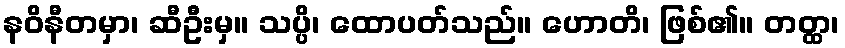
နဝိနီတမှာ၊ ဆီဦးမှ။ သပ္ပိ၊ ထောပတ်သည်။ ဟောတိ၊ ဖြစ်၏။ တတ္ထ၊